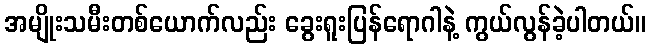
အမျိုးသမီးတစ်ယောက်လည်း ခွေးရူးပြန်ရောဂါနဲ့ ကွယ်လွန်ခဲ့ပါတယ်။